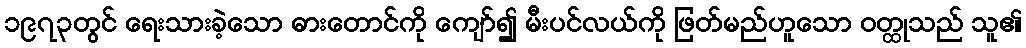
၁၉၇၃တွင် ရေးသားခဲ့သော ဓားတောင်ကို ကျော်၍ မီးပင်လယ်ကို ဖြတ်မည်ဟူသော ဝတ္ထုသည် သူ၏